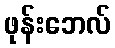
ဖုန်းဘေလ်